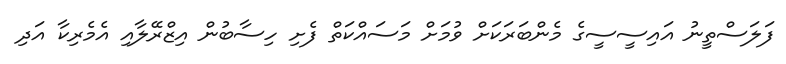
ފަލަސްތީނު އައިސީސީގެ މެންބަރަކަށް ވުމަށް މަސައްކަތް ފެށި ހިސާބުން އިޒްރޭލާއި އެމެރިކާ އަދި